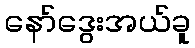
နော်ဒွေးအယ်ခူ